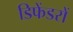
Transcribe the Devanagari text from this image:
डिफेंडरों